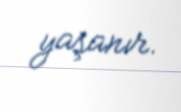
yaşanır.